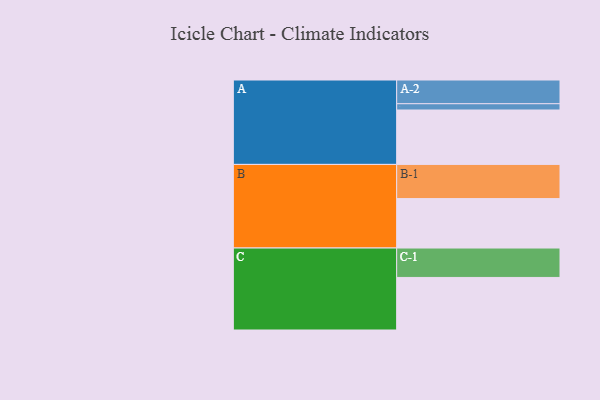
{"axis": {"x": "Segment", "y": "Value"}, "legend": ["", "A", "B", "C"], "data": [{"x": "A", "y": 468, "type": ""}, {"x": "B", "y": 425, "type": ""}, {"x": "C", "y": 452, "type": ""}, {"x": "A-1", "y": 54, "type": "A"}, {"x": "A-2", "y": 204, "type": "A"}, {"x": "B-1", "y": 294, "type": "B"}, {"x": "C-1", "y": 253, "type": "C"}]}